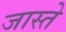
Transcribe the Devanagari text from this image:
जास्ते